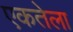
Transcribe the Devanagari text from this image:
एकतेला